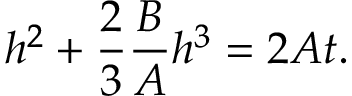
h ^ { 2 } + \frac 2 3 \frac { B } { A } h ^ { 3 } = 2 A t .